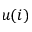
u ( i )